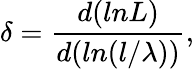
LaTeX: \delta=\frac{d(lnL)}{d(ln(l/\lambda))},